Report on vaccination in Madras 1895-1903 - 1895-1903
Year: 1895
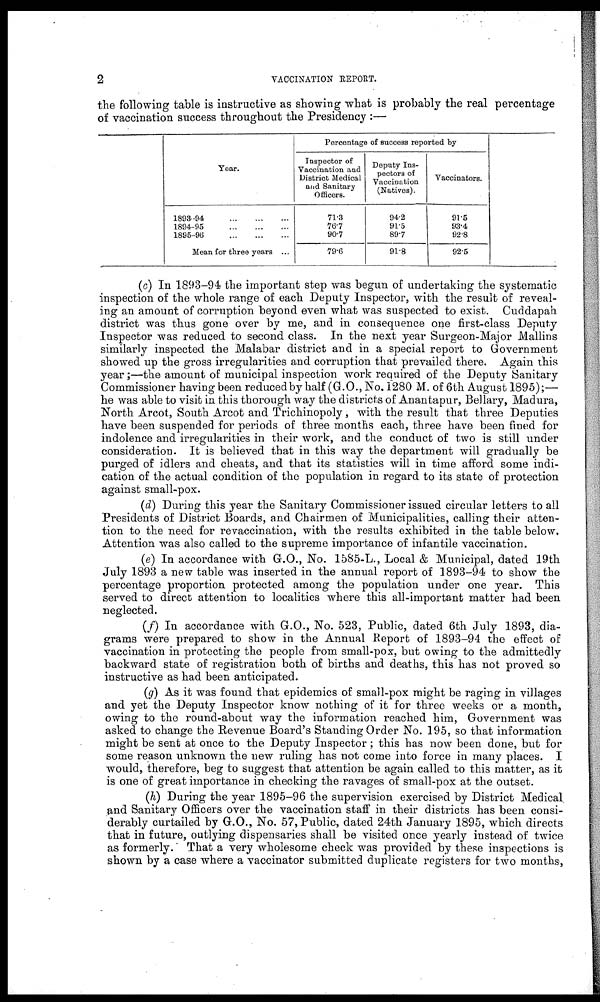
2
VACCINATION REPORT.
the following table is instructive as showing what is probably the real percentage
of vaccination success throughout the Presidency:—
Year.
1893-94
...
...
...
1894-95
...
...
...
1895-96
...
...
...
Mean for three years ...
Percentage of success reported by
Inspector of
Vaccination and
District Medical
and Sanitary
Officers.
71.3
76.7
90.7
79.6
Deputy Ins-
pectors of
Vaccination
(Natives).
94.2
91.5
89.7
91.8
Vaccinators.
91.5
93.4
92.8
92.5
(c) In 1893-94 the important step was begun of undertaking the systematic
inspection of the whole range of each Deputy Inspector, with the result of reveal-
ing an amount of corruption beyond even what was suspected to exist. Cuddapah
district was thus gone over by me, and in consequence one first-class Deputy
Inspector was reduced to second class. In the next year Surgeon-Major Mallins
similarly inspected the Malabar district and in a special report to Government
showed up the gross irregularities and corruption that prevailed there. Again this
year;—the amount of municipal inspection work required of the Deputy Sanitary
Commissioner having been reduced by half (G.O., No. 1280 M. of 6th August 1895);—
he was able to visit in this thorough way the districts of Anantapur, Bellary, Madura,
North Arcot, South Arcot and Trichinopoly, with the result that three Deputies
have been suspended for periods of three months each, three have been fined for
indolence and irregularities in their work, and the conduct of two is still under
consideration. It is believed that in this way the department will gradually be
purged of idlers and cheats, and that its statistics will in time afford some indi-
cation of the actual condition of the population in regard to its state of protection
against small-pox.
(d) During this year the Sanitary Commissioner issued circular letters to all
Presidents of District Boards, and Chairmen of Municipalities, calling their atten-
tion to the need for revaccination, with the results exhibited in the table below.
Attention was also called to the supreme importance of infantile vaccination.
(e) In accordance with G.O., No. 1585-L., Local & Municipal, dated 19th
July 1893 a new table was inserted in the annual report of 1893-94 to show the
percentage proportion protected among the population under one year. This
served to direct attention to localities where this all-important matter had been
neglected.
(f) In accordance with G.O., No. 523, Public, dated 6th July 1893, dia-
grams were prepared to show in the Annual Report of 1893-94 the effect of
vaccination in protecting the people from small-pox, but owing to the admittedly
backward state of registration both of births and deaths, this has not proved so
instructive as had been anticipated.
(g) As it was found that epidemics of small-pox might be raging in villages
and yet the Deputy Inspector know nothing of it for three weeks or a month,
owing to the round-about way the information reached him, Government was
asked to change the Revenue Board's Standing Order No. 195, so that information
might be sent at once to the Deputy Inspector; this has now been done, but for
some reason unknown the new ruling has not come into force in many places. I
would, therefore, beg to suggest that attention be again called to this matter, as it
is one of great importance in checking the ravages of small-pox at the outset.
(h) During the year 1895-96 the supervision exercised by District Medical
and Sanitary Officers over the vaccination staff in their districts has been consi-
derably curtailed by G.O., No. 57, Public, dated 24th January 1895, which directs
that in future, outlying dispensaries shall be visited once yearly instead of twice
as formerly. That a very wholesome check was provided by these inspections is
shown by a case where a vaccinator submitted duplicate registers for two months,